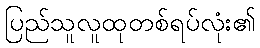
ပြည်သူလူထုတစ်ရပ်လုံး၏